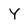
Character: Y